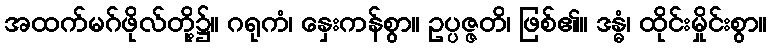
အထက်မဂ်ဖိုလ်တို့၌။ ဂရုကံ၊ နှေးကန်စွာ။ ဥပ္ပဇ္ဇတိ၊ ဖြစ်၏။ ဒန္ဓံ၊ ထိုင်းမှိုင်းစွာ။